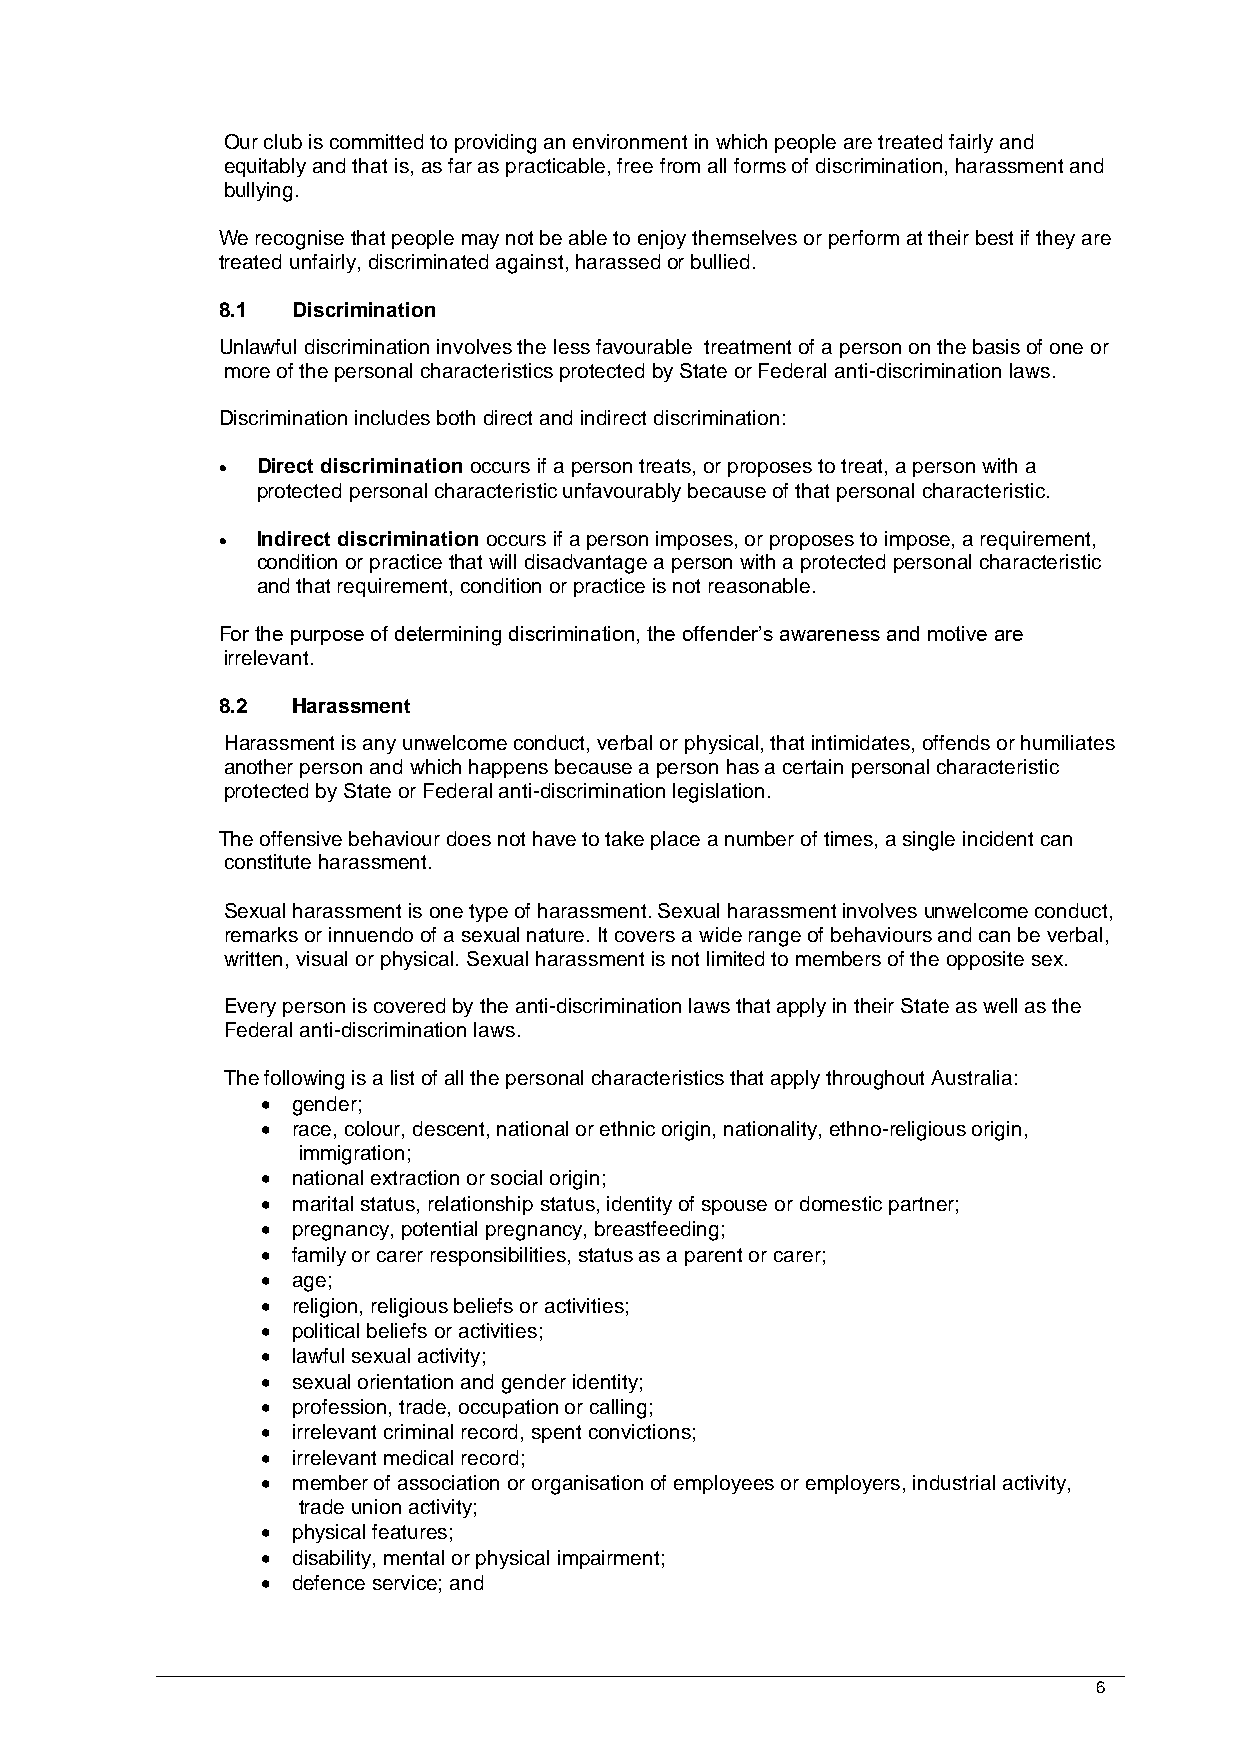
Our club is committed to providing an environment in which people are treated fairly and
 equitably and that is, as far as practicable, free from all forms of discrimination, harassment and
 bullying.
 We recognise that people may not be able to enjoy themselves or perform at their best if they are
 treated unfairly, discriminated against, harassed or bullied.
 8.1  Discrimination
 Unlawful discrimination involves the less favourable treatment of a person on the basis of one or
 more of the personal characteristics protected by State or Federal anti-discrimination laws.
 Discrimination includes both direct and indirect discrimination:
 • Direct discrimination occurs if a person treats, or proposes to treat, a person with a
 protected personal characteristic unfavourably because of that personal characteristic.
 • Indirect discrimination occurs if a person imposes, or proposes to impose, a requirement,
 condition or practice that will disadvantage a person with a protected personal characteristic
 and that requirement, condition or practice is not reasonable.
 For the purpose of determining discrimination, the offender’s awareness and motive are
 irrelevant.
 8.2  Harassment
 Harassment is any unwelcome conduct, verbal or physical, that intimidates, offends or humiliates
 another person and which happens because a person has a certain personal characteristic
 protected by State or Federal anti-discrimination legislation.
 The offensive behaviour does not have to take place a number of times, a single incident can
 constitute harassment.
 Sexual harassment is one type of harassment. Sexual harassment involves unwelcome conduct,
 remarks or innuendo of a sexual nature. It covers a wide range of behaviours and can be verbal,
 written, visual or physical. Sexual harassment is not limited to members of the opposite sex.
 Every person is covered by the anti-discrimination laws that apply in their State as well as the
 Federal anti-discrimination laws.
 The following is a list of all the personal characteristics that apply throughout Australia:
 • gender;
 • race, colour, descent, national or ethnic origin, nationality, ethno-religious origin,
 immigration;
 • national extraction or social origin;
 • marital status, relationship status, identity of spouse or domestic partner;
 • pregnancy, potential pregnancy, breastfeeding;
 • family or carer responsibilities, status as a parent or carer;
 • age;
 • religion, religious beliefs or activities;
 • political beliefs or activities;
 • lawful sexual activity;
 • sexual orientation and gender identity;
 • profession, trade, occupation or calling;
 • irrelevant criminal record, spent convictions;
 • irrelevant medical record;
 • member of association or organisation of employees or employers, industrial activity,
 trade union activity;
 • physical features;
 • disability, mental or physical impairment;
 • defence service; and
 6